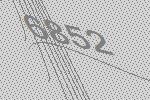
6852